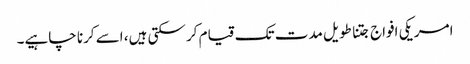
امریکی افواج جتنا طویل مدت تک قیام کر سکتی ہیں، اسے کرنا چاہیے۔